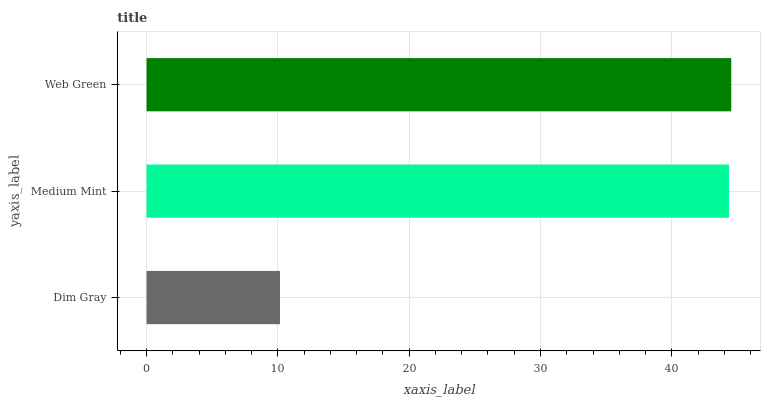
| yaxis_label | bars |
 | --- | --- |
 | Dim Gray | 10.2 |
 | Medium Mint | 44.4 |
 | Web Green | 44.5 |